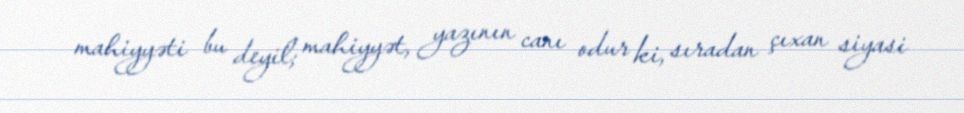
mahiyyəti bu deyil; mahiyyət, yazının canı odur ki, sıradan çıxan siyasi